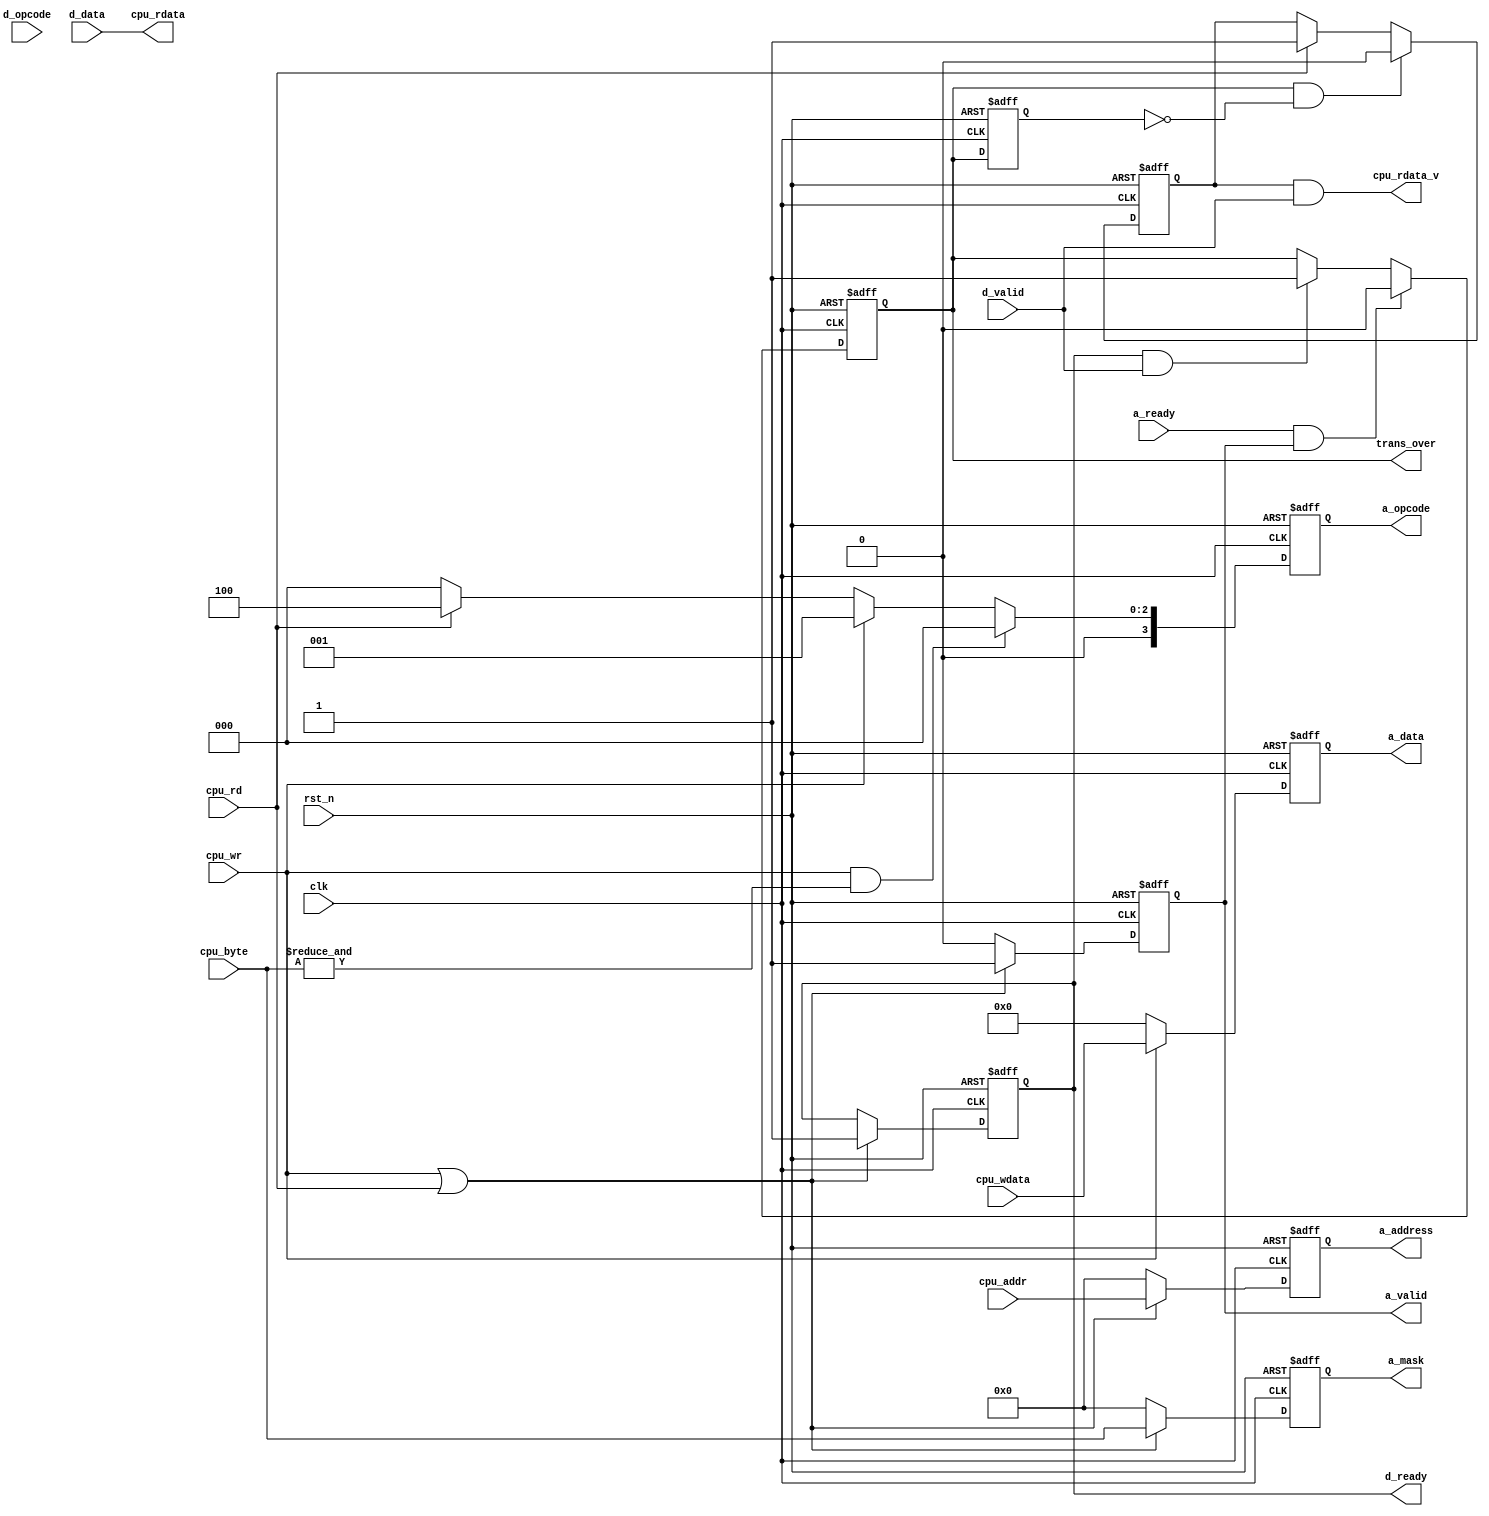
module master (
    input  wire        clk        ,
    input  wire        rst_n      ,
    input  wire        cpu_wr     ,
    input  wire        cpu_rd     ,
    input  wire [3:0]  cpu_byte   ,
    input  wire [3:0]  cpu_addr   ,
    input  wire [31:0] cpu_wdata  ,
    output wire        cpu_rdata_v,
    output wire [31:0] cpu_rdata  ,
    input  wire        a_ready    ,
    output reg         a_valid    ,  
    output reg  [3:0]  a_opcode   ,
    output reg  [3:0]  a_mask     ,
    output reg  [3:0]  a_address  ,
    output reg  [31:0] a_data     ,
    output reg         d_ready    ,
    input  wire        d_valid    ,
    input  wire [3:0]  d_opcode   ,
    input  wire [31:0] d_data     ,
    output reg         trans_over
);

always @ (posedge clk or negedge rst_n) begin
    if (~rst_n)               d_ready <= 1'b0;
    else if (cpu_wr | cpu_rd) d_ready <= 1'b1;
end

always @ (posedge clk or negedge rst_n) begin
    if (~rst_n)               a_valid <= 1'b0;
    else if (cpu_wr | cpu_rd) a_valid <= 1'b1;
    else                      a_valid <= 1'b0;
end

always @ (posedge clk or negedge rst_n) begin
    if (~rst_n)                    a_opcode <= 4'h0;
    else if (cpu_wr & (&cpu_byte)) a_opcode <= 4'h0;
    else if (cpu_wr)               a_opcode <= 4'h1;
    else if (cpu_rd)               a_opcode <= 4'h4;
    else                           a_opcode <= 4'h0;
end

always @ (posedge clk or negedge rst_n) begin
    if (~rst_n)               a_mask <= 4'h0;
    else if (cpu_wr | cpu_rd) a_mask <= cpu_byte;
    else                      a_mask <= 4'h0;  
end

always @ (posedge clk or negedge rst_n) begin
    if (~rst_n)               a_address <= 4'h0;
    else if (cpu_wr | cpu_rd) a_address <= cpu_addr;
    else                      a_address <= 4'h0;
end

always @ (posedge clk or negedge rst_n) begin
    if (~rst_n)      a_data <= 32'h0;
    else if (cpu_wr) a_data <= cpu_wdata;
    else             a_data <= 32'h0;  
end

reg rd_period;
reg trans_over_ff;

always @ (posedge clk or negedge rst_n) begin
    if (~rst_n) trans_over_ff <= 1'b0;
    else        trans_over_ff <= trans_over;
end

wire trans_over_pos = trans_over & ~trans_over_ff;

always @ (posedge clk or negedge rst_n) begin
    if (~rst_n)              rd_period <= 1'b0;
    else if (trans_over_pos) rd_period <= 1'b0;
    else if (cpu_rd)         rd_period <= 1'b1;
end

assign cpu_rdata_v = rd_period & d_valid;

assign cpu_rdata = d_data;

always @ (posedge clk or negedge rst_n) begin
    if (~rst_n)                 trans_over <= 1'b1;
    else if (a_ready & a_valid) trans_over <= 1'b0;
    else if (d_ready & d_valid) trans_over <= 1'b1;
end

endmodule